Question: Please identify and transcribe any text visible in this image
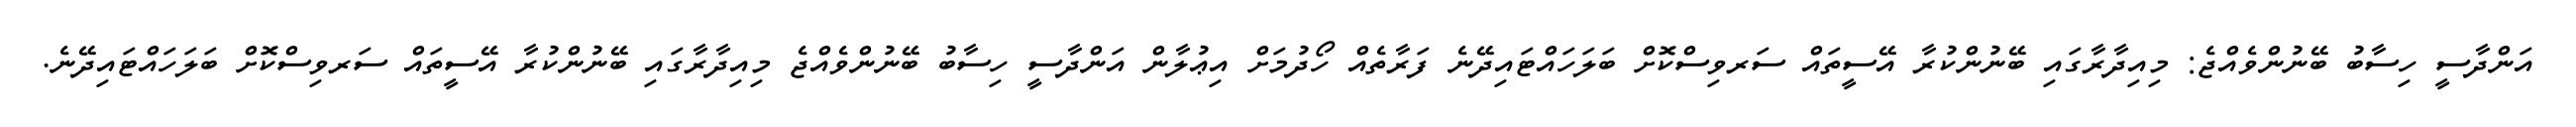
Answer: އަންދާސީ ހިސާބު ބޭނުންވެއްޖެ: މިއިދާރާގައި ބޭނުންކުރާ އޭސީތައް ސަރވިސްކޮށް ބަލަހައްޓައިދޭނެ ފަރާތެއް ހޯދުމަށް އިޢުލާން އަންދާސީ ހިސާބު ބޭނުންވެއްޖެ މިއިދާރާގައި ބޭނުންކުރާ އޭސީތައް ސަރވިސްކޮށް ބަލަހައްޓައިދޭނެ.